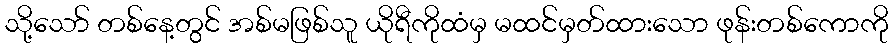
သို့သော် တစ်နေ့တွင် အစ်မဖြစ်သူ ယိုရီကိုထံမှ မထင်မှတ်ထားသော ဖုန်းတစ်ကောကို